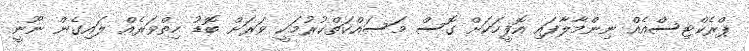
ޕްރެކްޓިސްއެއް ނިންމާލާފައި އޮފީހަކަށް ގޮސް މަސައްކަތްކުރުމަކީ ވަރަށް ބޮޑު ހިތްވަރެއް ލައިގެން ނޫނީ